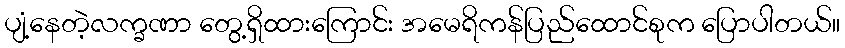
ပျံ့နေတဲ့လက္ခဏာ တွေ့ရှိထားကြောင်း အမေရိကန်ပြည်ထောင်စုက ပြောပါတယ်။